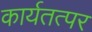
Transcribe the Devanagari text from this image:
कार्यतत्‍पर